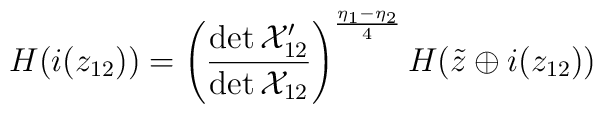
H(i(z_{12}))=\left(\frac{\det {\cal X}^{\prime}_{12}}{\det {\cal X}_{12}}\right)^{\frac{\eta_{1}-\eta_{2}}{4}}H(\tilde{z}\oplus i(z_{12}))